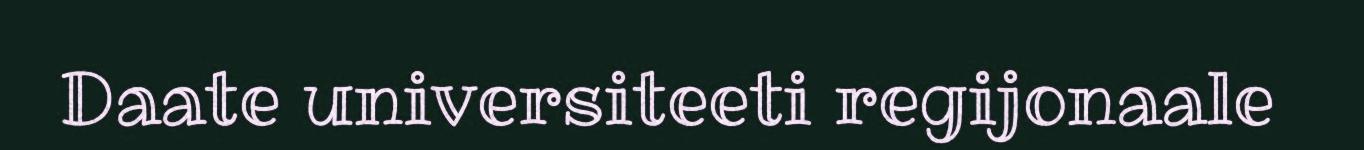
Daate universiteeti regijonaale